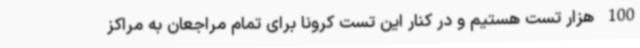
100 هزار تست هستیم و در کنار این تست کرونا برای تمام مراجعان به مراکز